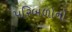
પરિબળોનો